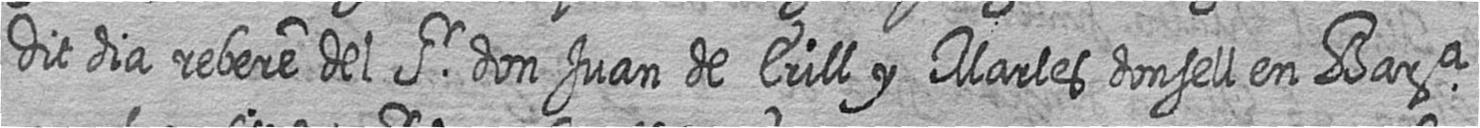
Dit dia rebere del Sr don Juan de Erill y Marles donsell en Bara